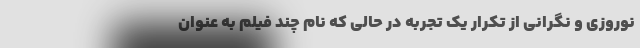
نوروزی و نگرانی از تکرار یک تجربه در حالی که نام چند فیلم به عنوان